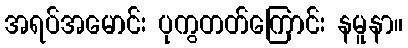
အရပ်အမောင်း ပုကွတတ်ကြောင်း နမူနာ။